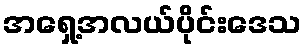
အရှေ့အလယ်ပိုင်းဒေသ